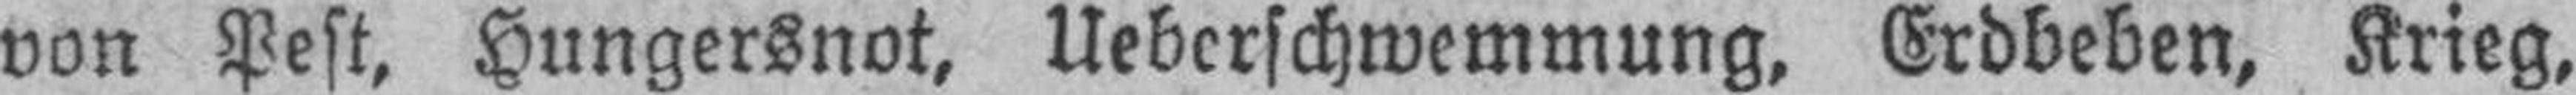
von Pest, Hungersnot, Ueberschwemmung, Erdbeben, Krieg,